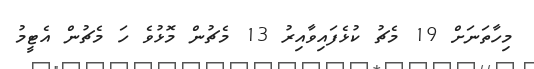
މިހާތަނަށް 19 މެޗު ކުޅެފައިވާއިރު 13 މެޗުން މޮޅުވެ ހަ މެޗުން އެޓީމު